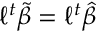
\ell ^ { t } { \tilde { \beta } } = \ell ^ { t } { \widehat { \beta } }